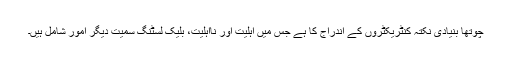
چوتھا بنیادی نکتہ کنٹریکٹروں کے اندراج کا ہے جس میں اہلیت اور نااہلیت، بلیک لسٹنگ سمیت دیگر امور شامل ہیں۔